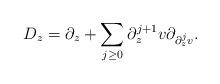
LaTeX: \begin{align*}D_z = \partial_z + \sum_{j\geq 0} \partial_z^{j+1}v \partial_{\partial_z^j v} . \end{align*}